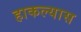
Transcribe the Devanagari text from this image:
हाकल्यास